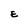
Character: E